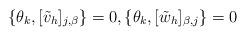
LaTeX: \begin{align*}\{\theta_k,[\tilde{v}_h]_{j,\beta}\}=0,\{\theta_k,[\tilde{w}_h]_{\beta,j}\}=0\end{align*}